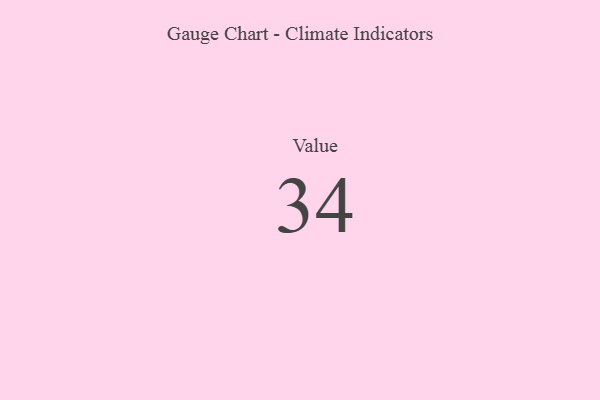
{"axis": {"x": "Metric", "y": "Value"}, "legend": [""], "data": [{"x": "Value", "y": 34, "type": ""}]}